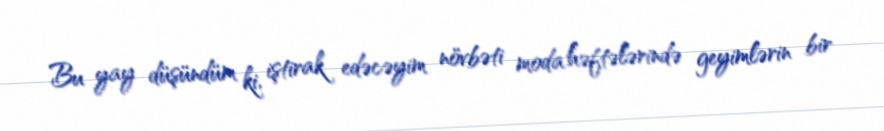
Bu yay düşündüm ki, iştirak edəcəyim növbəti moda həftələrində geyimlərin bir